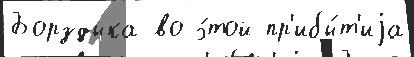
Борздыка во э́той пр'ибы́т'иjа